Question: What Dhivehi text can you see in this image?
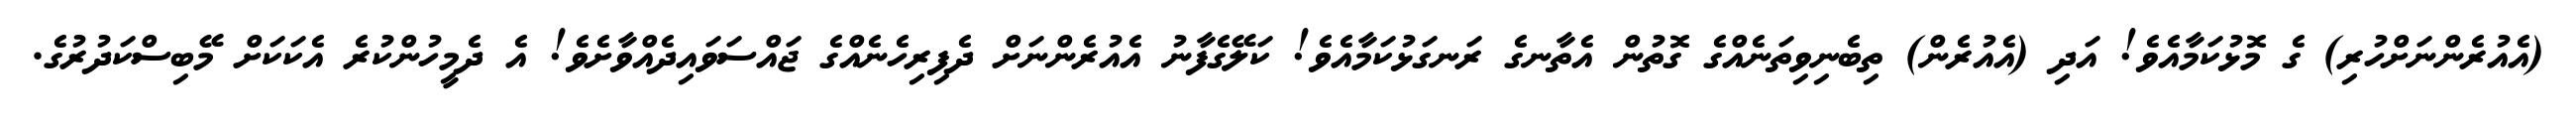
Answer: (އެއުރެންނަށްހުރި) ގެ މޮޅުކަމާއެވެ! އަދި (އެއުރެން) ތިބެނިވިތަނެއްގެ ގޮތުން އެތާނގެ ރަނގަޅުކަމާއެވެ! ކަލޭގެފާނު އެއުރެންނަށް ދެފިރިހެނެއްގެ ޖައްސަވައިދެއްވާށެވެ! އެ ދެމީހުންކުރެ އެކަކަށް މޭބިސްކަދުރުގެ.